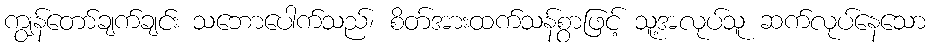
ကျွန်တော်ချက်ချင်း သဘောပေါက်သည်၊ စိတ်အားထက်သန်စွာဖြင့် သူ့အလုပ်သူ ဆက်လုပ်နေသော